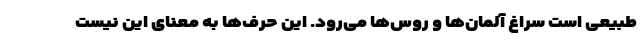
طبیعی است سراغ آلمان‌ها و روس‌ها می‌رود. این حرف‌ها به معنای این نیست